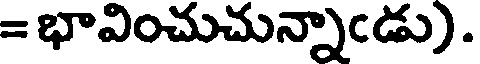
= భావించుచున్నాఁడు).